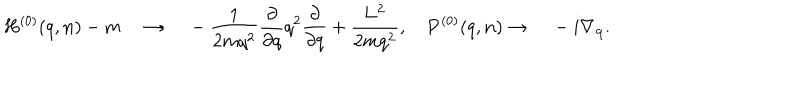
LaTeX: H ^ { ( 0 ) } ( q , { \bf n } ) - m { \quad } \rightarrow { \quad } - \frac { 1 } { { 2 m } { q } ^ { 2 } } \frac { \partial } { { \partial } { q } } { q } ^ { 2 } \frac { \partial } { { \partial } { q } } + \frac { \bf L ^ { 2 } } { 2 m q ^ { 2 } } , { \quad } { \bf P } ^ { ( 0 ) } ( q , { \bf n } ) \rightarrow { \quad } - i \nabla _ { \bf q } .